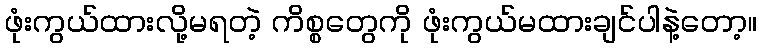
ဖုံးကွယ်ထားလို့မရတဲ့ ကိစ္စတွေကို ဖုံးကွယ်မထားချင်ပါနဲ့တော့။